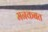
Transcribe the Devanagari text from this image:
मनकबत